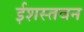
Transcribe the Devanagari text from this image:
ईशस्तवन